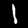
Digit: 1